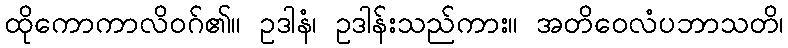
ထိုကောကာလိဝဂ်၏။ ဥဒါနံ၊ ဥဒါန်းသည်ကား။ အတိဝေလံပဘာသတိ၊